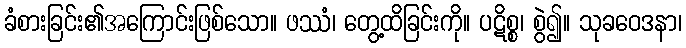
ခံစားခြင်း၏အကြောင်းဖြစ်သော။ ဖဿံ၊ တွေ့ထိခြင်းကို။ ပဋိစ္စ၊ စွဲ၍။ သုခဝေဒနာ၊